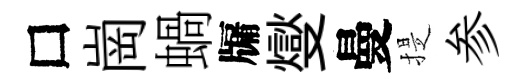
□崗蝸牖燮曼提参